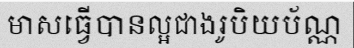
មាសធ្វើបានល្អជាងរូបិយប័ណ្ណ